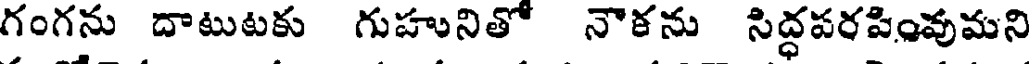
గంగను దాటుటకు గుహునితో నౌకను సిద్ధపరపింవుమని